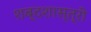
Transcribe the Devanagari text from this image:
शब्दशास्त्री